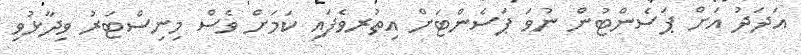
އަދަދު އަށް ޕަސެންޓުން ނުވަ ޕަސެންޓަށް އިތުުރވެފައި ކަމަށް ވެސް މިނިސްޓަރު ވިދާޅުވި